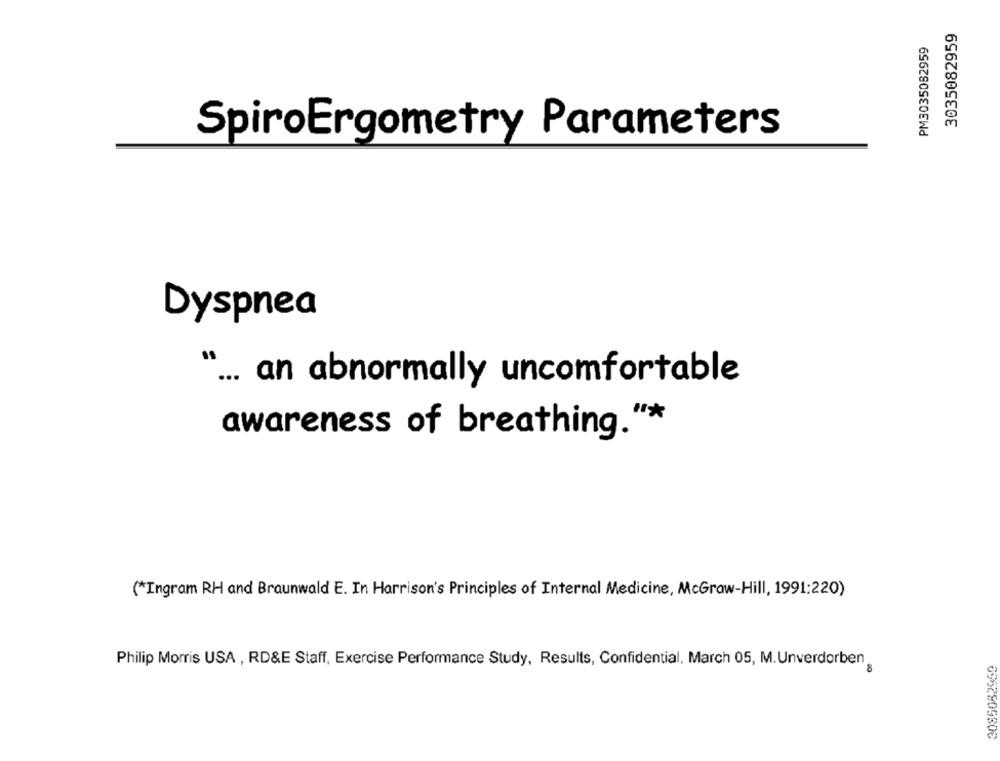
3035082959
PM3035082959
SpiroErgometry Parameters
Dyspnea
" ... an abnormally uncomfortable
awareness of breathing.“*
(*Ingram RH and Braunwald E. In Harrison's Principles of Internal Medicine, McGraw-Hill, 1991:220)
Philip Morris USA , RD&E Staff, Exercise Performance Study, Results, Confidential, March 05, M. Unverdorben
3085082950